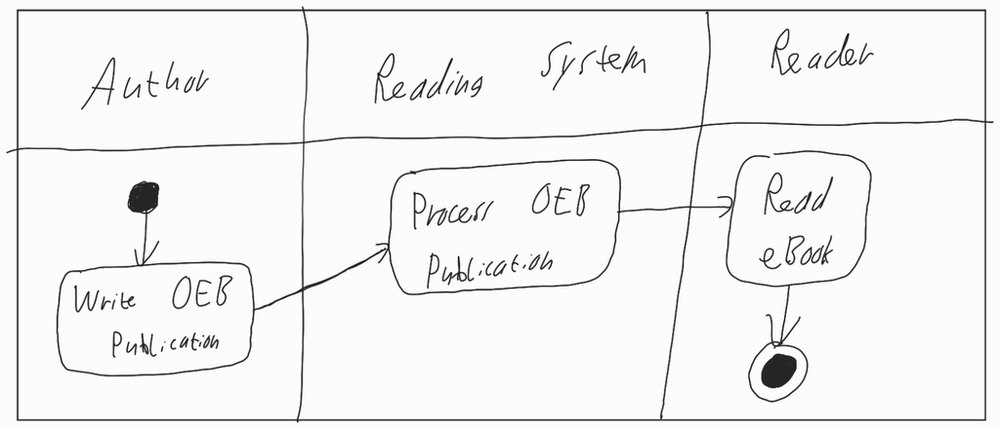
Diagram type: activity_diagram
```plantuml
@startuml

|Author|

start

:Write OEB Publication;

|Reading System|

:Process OEB Publication;

|Reader|

:Read eBook;

stop

@enduml
```